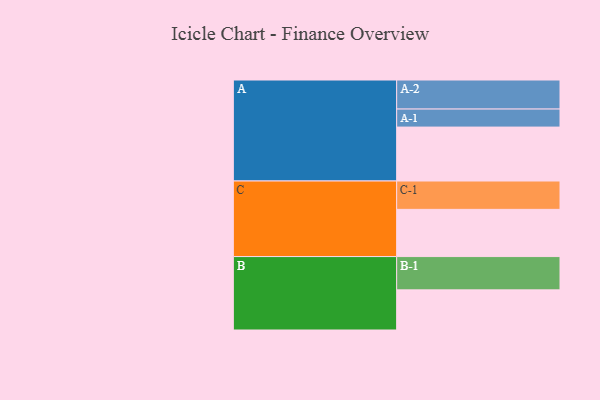
{"axis": {"x": "Segment", "y": "Value"}, "legend": ["", "A", "B", "C"], "data": [{"x": "A", "y": 481, "type": ""}, {"x": "B", "y": 358, "type": ""}, {"x": "C", "y": 421, "type": ""}, {"x": "A-1", "y": 161, "type": "A"}, {"x": "A-2", "y": 259, "type": "A"}, {"x": "B-1", "y": 297, "type": "B"}, {"x": "C-1", "y": 253, "type": "C"}]}